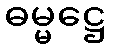
ဓမ္မဋ္ဌေ